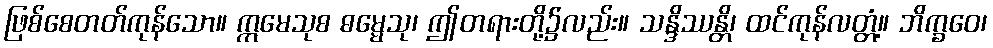
ဖြစ်စေတတ်ကုန်သော။ ဣမေသုစ ဓမ္မေသု၊ ဤတရားတို့၌လည်း။ သန္ဒိဿန္တိ၊ ထင်ကုန်လတ္တံ့။ ဘိက္ခဝေ၊